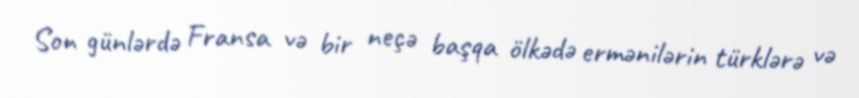
Son günlərdə Fransa və bir neçə başqa ölkədə ermənilərin türklərə və